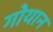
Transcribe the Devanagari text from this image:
गोयान